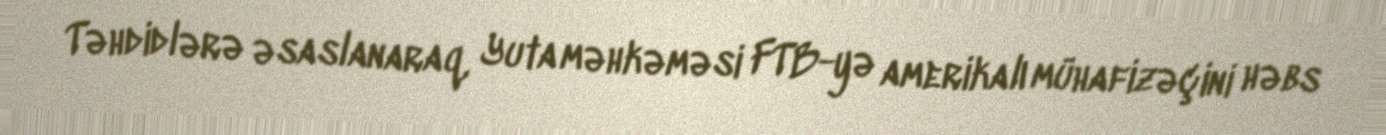
Təhdidlərə əsaslanaraq, Yuta məhkəməsi FTB-yə amerikalı mühafizəçini həbs